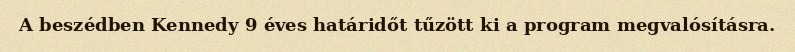
A beszédben Kennedy 9 éves határidőt tűzött ki a program megvalósításra.